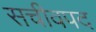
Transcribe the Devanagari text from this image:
सचीवपद